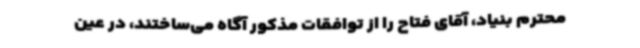
محترم بنیاد، آقای فتاح را از توافقات مذکور آگاه می‌ساختند، در عین